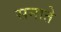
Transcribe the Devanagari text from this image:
सनाते